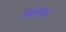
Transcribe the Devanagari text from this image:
सिविधा